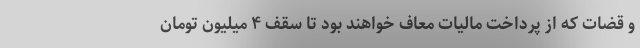
و قضات که از پرداخت مالیات معاف خواهند بود تا سقف ۴ میلیون تومان